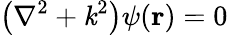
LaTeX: \left(\nabla^{2}+\mathit{k}^{2}\right)\psi(\mathbf{{r}})=0